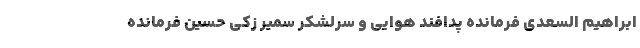
ابراهیم السعدی فرمانده پدافند هوایی و سرلشکر سمیر زکی حسین فرمانده